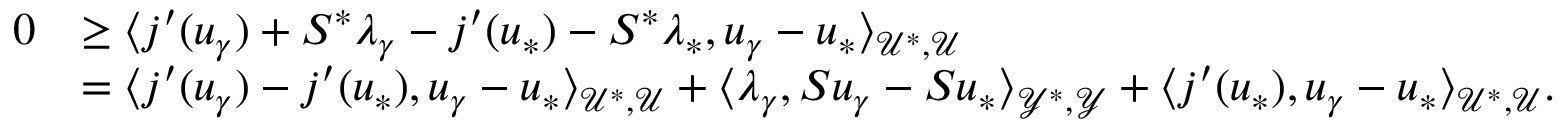
\begin{array} { r l } { 0 } & { \ge \langle j ^ { \prime } ( u _ { \gamma } ) + S ^ { * } \lambda _ { \gamma } - j ^ { \prime } ( u _ { * } ) - S ^ { * } \lambda _ { * } , u _ { \gamma } - u _ { * } \rangle _ { \mathcal { U } ^ { * } , \mathcal { U } } } \\ & { = \langle j ^ { \prime } ( u _ { \gamma } ) - j ^ { \prime } ( u _ { * } ) , u _ { \gamma } - u _ { * } \rangle _ { \mathcal { U } ^ { * } , \mathcal { U } } + \langle \lambda _ { \gamma } , S u _ { \gamma } - S u _ { * } \rangle _ { \mathcal { Y } ^ { * } , \mathcal { Y } } + \langle j ^ { \prime } ( u _ { * } ) , u _ { \gamma } - u _ { * } \rangle _ { \mathcal { U } ^ { * } , \mathcal { U } } . } \end{array}